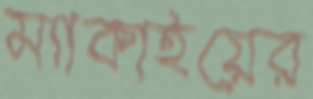
ম্যাকাইয়ের